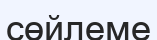
сөйлеме